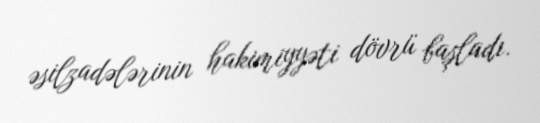
əsilzadələrinin hakimiyyəti dövrü başladı.